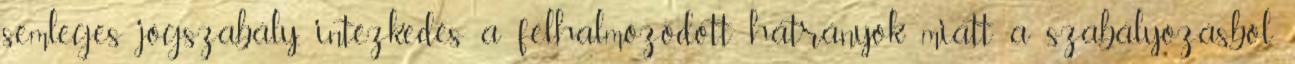
semleges jogszabály, intézkedés a felhalmozódott hátrányok miatt a szabályozásból